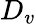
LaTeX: D_{v}